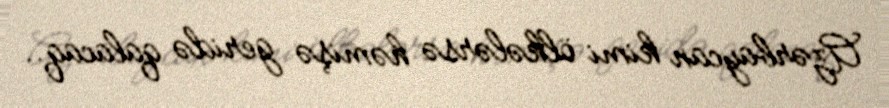
Azərbaycan kimi ölkələrsə həmişə geridə qalacaq..